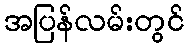
အပြန်လမ်းတွင်